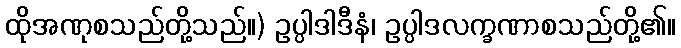
ထိုအဏုစသည်တို့သည်။) ဥပ္ပါဒါဒီနံ၊ ဥပ္ပါဒလက္ခဏာစသည်တို့၏။